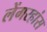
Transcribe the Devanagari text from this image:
लेंगरहांस